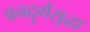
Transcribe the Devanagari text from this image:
वनदुर्गसुद्धा